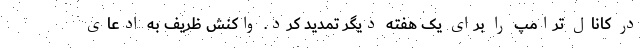
در کانال ترامپ را برای یک هفته دیگر تمدید کرد. واکنش ظریف به ادعای